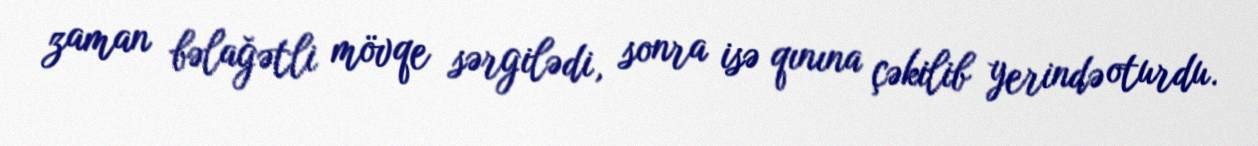
zaman bəlağətli mövqe sərgilədi, sonra isə qınına çəkilib yerində oturdu.